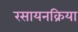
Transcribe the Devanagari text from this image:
रसायनक्रिया